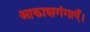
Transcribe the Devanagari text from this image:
आकाशगंगाएँ।